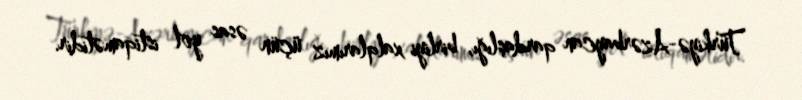
Türkiyə-Azərbaycan qardaşlığı, birliyi xalqlarımız üçün əsas yol istiqamətidir.